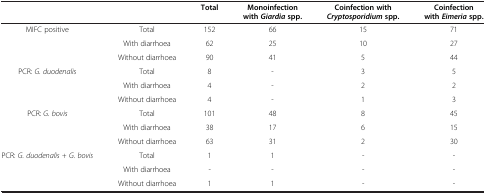
<table><thead><tr><td><b> </b></td><td><b> </b></td><td><b>Total</b></td><td><b>Monoinfection with <i>Giardia </i>spp.</b></td><td><b>Coinfection with <i>Cryptosporidium </i>spp.</b></td><td><b>Coinfection with <i>Eimeria </i>spp.</b></td></tr></thead><tbody><tr><td rowspan="3">MIFC positive</td><td>Total</td><td>152</td><td>66</td><td>15</td><td>71</td></tr><tr><td>With diarrhoea</td><td>62</td><td>25</td><td>10</td><td>27</td></tr><tr><td>Without diarrhoea</td><td>90</td><td>41</td><td>5</td><td>44</td></tr><tr><td rowspan="3">PCR: <i>G. duodenalis</i></td><td>Total</td><td>8</td><td>-</td><td>3</td><td>5</td></tr><tr><td>With diarrhoea</td><td>4</td><td>-</td><td>2</td><td>2</td></tr><tr><td>Without diarrhoea</td><td>4</td><td>-</td><td>1</td><td>3</td></tr><tr><td rowspan="3">PCR: <i>G. bovis</i></td><td>Total</td><td>101</td><td>48</td><td>8</td><td>45</td></tr><tr><td>With diarrhoea</td><td>38</td><td>17</td><td>6</td><td>15</td></tr><tr><td>Without diarrhoea</td><td>63</td><td>31</td><td>2</td><td>30</td></tr><tr><td rowspan="3">PCR: <i>G. duodenalis + G. bovis</i></td><td>Total</td><td>1</td><td>1</td><td>-</td><td>-</td></tr><tr><td>With diarrhoea</td><td>-</td><td>-</td><td>-</td><td>-</td></tr><tr><td>Without diarrhoea</td><td>1</td><td>1</td><td>-</td><td>-</td></tr></tbody></table>